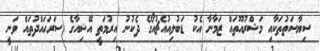
ސިޔާސަތުތަކާއި މަޝްރުއޫތައް ޒަމާނާ އެކު ޑަބުލިއުއެޗުއޯގެ ދެކުނު އިރުމަތީ އޭޝިއާގެ ސަރަހައްދުތައް ވަނީ